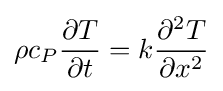
\rho c_{P}{{\partial T} \over {\partial t}}=k{\frac {\partial ^{2}T}{\partial x^{2}}}